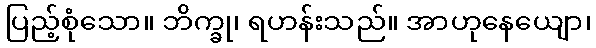
ပြည့်စုံသော။ ဘိက္ခု၊ ရဟန်းသည်။ အာဟုနေယျော၊